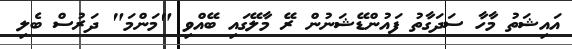
އައިޝަތު މާހާ ސަދަގާތު ފައުންޑޭޝަނުން ރޭ މާލޭގައި ބޭއްވި "މަންމަ" ދަރުސް ބެލި